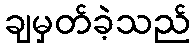
ချမှတ်ခဲ့သည်